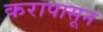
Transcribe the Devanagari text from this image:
करापासून